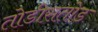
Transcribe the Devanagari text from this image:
तोडीसतोड